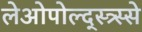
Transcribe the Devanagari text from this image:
लेओपोल्द्स्त्र्स्से